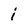
Character: i